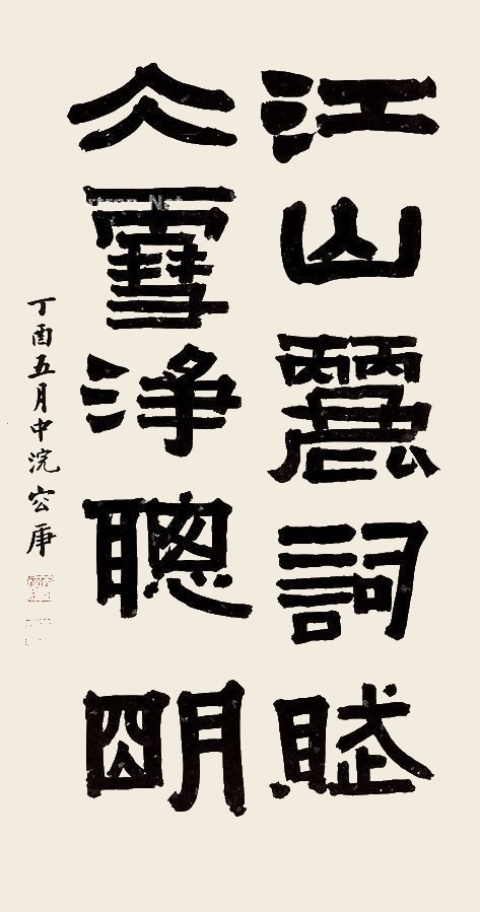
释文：容庚书。丁酉夏五，容庚。丁酉五月中浣容庚。